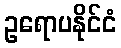
ဥရောပနိုင်ငံ